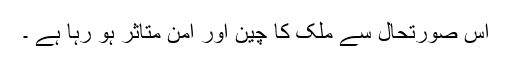
اس صورتحال سے ملک کا چین اور امن متاثر ہو رہا ہے ۔